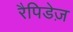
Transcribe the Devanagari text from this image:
रैपिडेज़